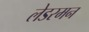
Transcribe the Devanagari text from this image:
लेडरमन